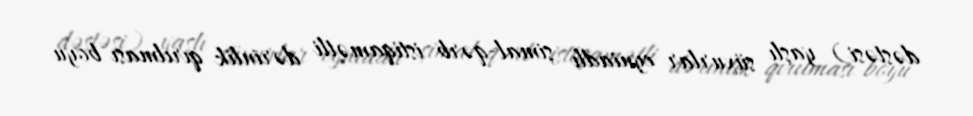
dəstəsi) yaşlı süxurlar eyniadlı şimal-qərb istiqamətli dərinlik qırılması boyu